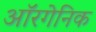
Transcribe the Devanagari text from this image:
ऑरगेनिक